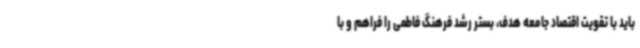
باید با تقویت اقتصاد جامعه هدف، بستر رشد فرهنگ فاطمی را فراهم و با